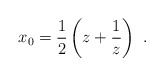
\begin{align*}x_0 = \frac{1}{2}\left(z+\frac{1}{z}\right)\ .\end{align*}